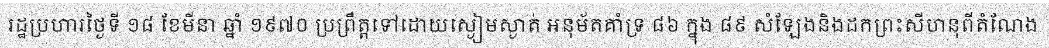
រដ្ឋប្រហារថ្ងៃទី ១៨ ខែមីនា ឆ្នាំ ១៩៧០ ប្រព្រឹត្តទៅដោយស្ងៀមស្ងាត់ អនុម័តគាំទ្រ ៨៦ ក្នុង ៨៩ សំឡែងនិងដកព្រះសីហនុពីតំណែង